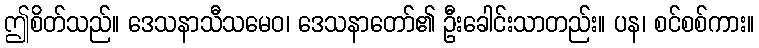
ဤစိတ်သည်။ ဒေသနာသီသမေဝ၊ ဒေသနာတော်၏ ဦးခေါင်းသာတည်း။ ပန၊ စင်စစ်ကား။